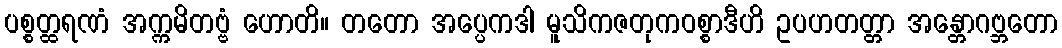
ပစ္စတ္ထရဏံ အက္ကမိတဗ္ဗံ ဟောတိ။ တတော အပ္ပေကဒါ မူသိကဇတုကဝစ္စာဒီဟိ ဥပဟတတ္တာ အန္တောဂဗ္ဘတော